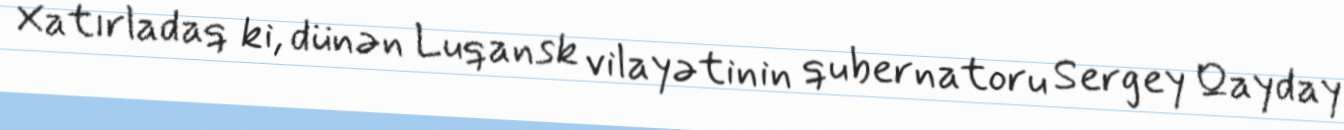
Xatırladaq ki, dünən Luqansk vilayətinin qubernatoru Sergey Qayday